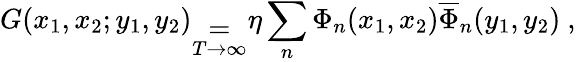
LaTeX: G(x_{1},x_{2};y_{1},y_{2})_{\stackrel{{\displaystyle=}}{T\rightarrow\infty}}\eta\sum_{n}\Phi_{n}(x_{1},x_{2})\overline{{\Phi}}_{n}(y_{1},y_{2})\ ,